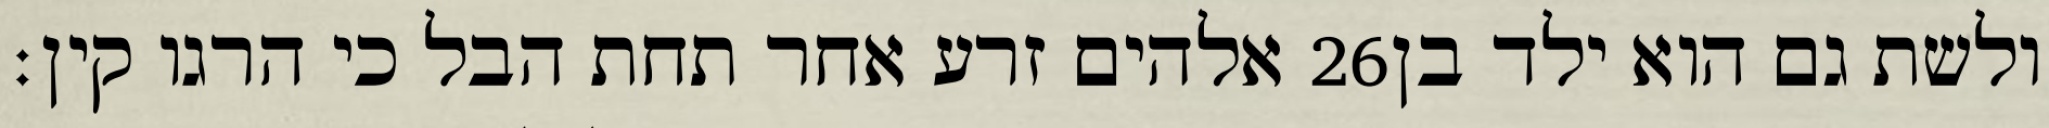
אלהים זרע אחר תחת הבל כי הרגו קין׃ ‎26‏ ולשת גם הוא ילד בן